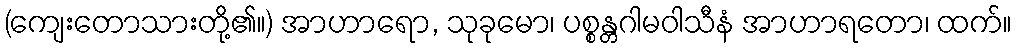
(ကျေးတောသားတို့၏။) အာဟာရော, သုခုမော၊ ပစ္စန္တဂါမဝါသီနံ အာဟာရတော၊ ထက်။